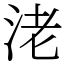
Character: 㳣